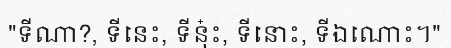
"ទីណា?, ទីនេះ, ទីនុ៎ះ, ទីនោះ, ទីឯណោះ។"